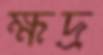
ক্ষদ্র